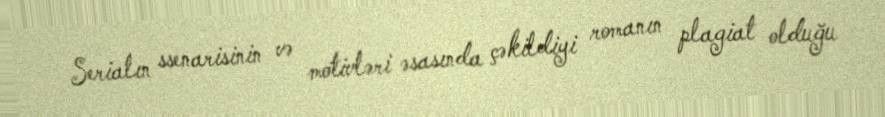
Serialın ssenarisinin və motivləri əsasında çəkildiyi romanın plagiat olduğu